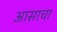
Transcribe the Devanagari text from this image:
आसाचा